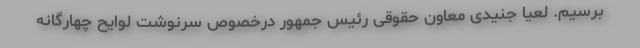
برسیم. لعیا جنیدی معاون حقوقی رئیس جمهور درخصوص سرنوشت لوایح چهارگانه